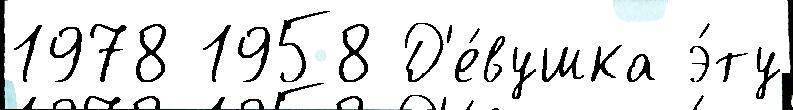
1978 1958 Д'е́вушка э́ту